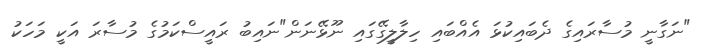
"ނަގާނީ މުސާރައިގެ ދެބައިކުޅަ އެއްބައި ހިލާލީގޭގައި ނޫޅޭނަން"ނައިބު ރައީސްކަމުގެ މުސާރަ އަކީ މަހަކު